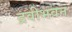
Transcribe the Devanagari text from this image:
द्रवीभवन